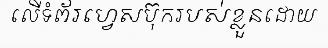
លើទំព័រហ្វេសប៊ុករបស់ខ្លួនដោយ